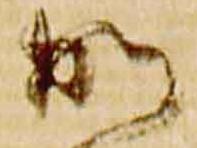
加